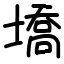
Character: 墧